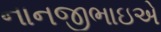
નાનજીભાઇએ